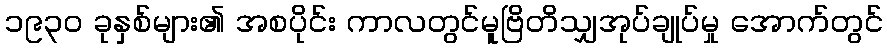
၁၉၃၀ ခုနှစ်များ၏ အစပိုင်း ကာလတွင်မူဗြိတိသျှအုပ်ချုပ်မှု အောက်တွင်